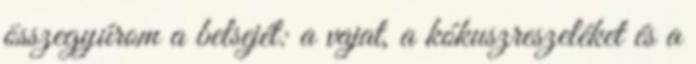
összegyúrom a belsejét: a vajat, a kókuszreszeléket és a